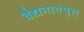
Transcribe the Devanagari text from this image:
वैद्यनाथपुरा